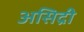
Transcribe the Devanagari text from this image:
असिद्री